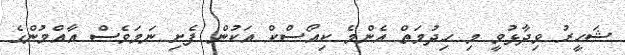
ޝަހީރު ވިދާޅުވީ މި ހިދުމަތް އެންމެ ކިއޯސްކް އަކުން ފެށި ނަމަވެސް އާއްމުންގެ